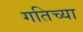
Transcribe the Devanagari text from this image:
गतिच्या